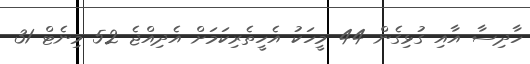
ހާދިސާ އާއި ގުޅިގެން 44 މީހަކު އެހީތެރިކަމަށް އެދިއްޖެ 52 މިނެޓް 31